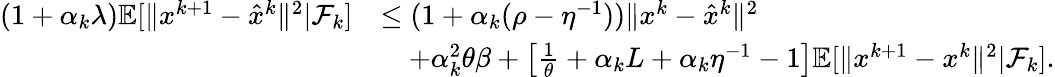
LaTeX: \begin{array}{rl}{(1+\alpha_{k}\lambda)\mathbb{E}[\| x^{k+1}-\hat{x}^{k}\| ^{2}\vert\mathcal{F}_{k}]}&{\leq(1+\alpha_{k}(\rho-\eta^{-1}))\| x^{k}-\hat{x}^{k}\| ^{2}}\\ &{\quad+\alpha_{k}^{2}\theta\beta+\big[\frac{1}{\theta}+\alpha_{k}L+\alpha_{k}\eta^{-1}-1\big]\mathbb{E}[\| x^{k+1}-x^{k}\| ^{2}\vert\mathcal{F}_{k}].}\end{array}